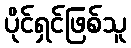
ပိုင်ရှင်ဖြစ်သူ